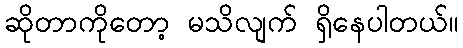
ဆိုတာကိုတော့ မသိလျက် ရှိနေပါတယ်။